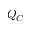
Q _ { C }